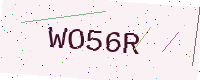
Text: WO56R